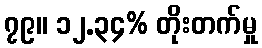
၇၉။ ၁၂.၃၄% တိုးတက်မှု